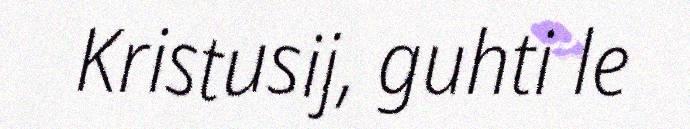
Kristusij, guhti le